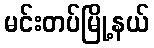
မင်းတပ်မြို့နယ်